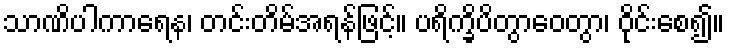
သာဏိပါကာရေန၊ တင်းတိမ်အရန်ဖြင့်။ ပရိက္ခိပိတွာဝေတွာ၊ ဝိုင်းစေ၍။